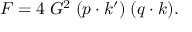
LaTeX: { \cal F } = 4 \; G ^ { 2 } \; ( p \cdot k ^ { \prime } ) \; ( q \cdot k ) .